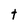
Character: t